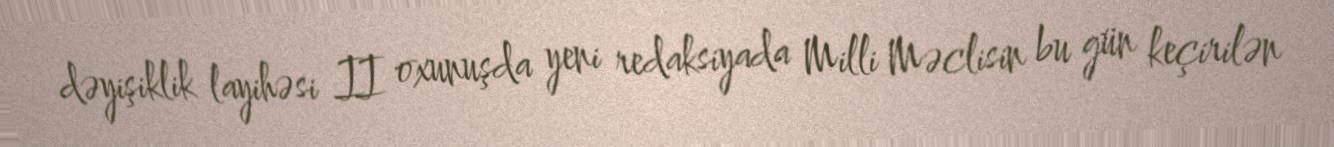
dəyişiklik layihəsi II oxunuşda yeni redaksiyada Milli Məclisin bu gün keçirilən